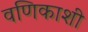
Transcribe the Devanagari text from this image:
वणिकाशी